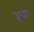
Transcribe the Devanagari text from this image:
इन्वार